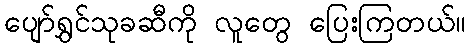
ပျော်ရွှင်သုခဆီကို လူတွေ ပြေးကြတယ်။